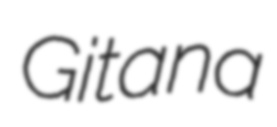
Gitana